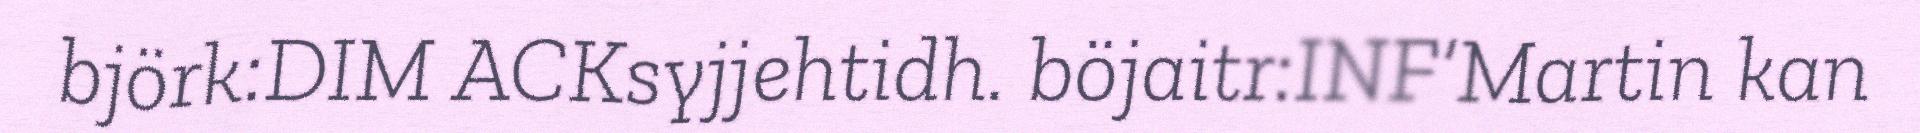
björk:DIM ACKsyjjehtidh. böjaitr:INF‘Martin kan